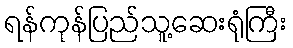
ရန်ကုန်ပြည်သူ့ဆေးရုံကြီး